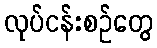
လုပ်ငန်းစဉ်တွေ